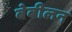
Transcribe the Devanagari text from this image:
बेबीलन